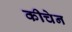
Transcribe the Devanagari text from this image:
कीचेन